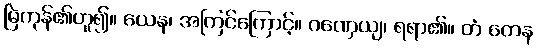
မြဲကုန်၏ဟူ၍။ ယေန၊ အကြင်ကြောင့်။ ဂဏှေယျ၊ ရရာ၏။ တံ တေန